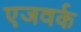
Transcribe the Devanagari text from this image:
एजवर्क